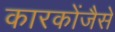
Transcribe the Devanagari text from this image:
कारकोंजैसे